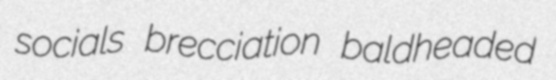
socials brecciation baldheaded